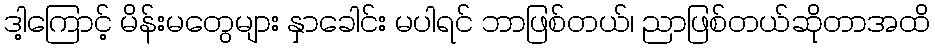
ဒါ့ကြောင့် မိန်းမတွေများ နှာခေါင်း မပါရင် ဘာဖြစ်တယ်၊ ညာဖြစ်တယ်ဆိုတာအထိ